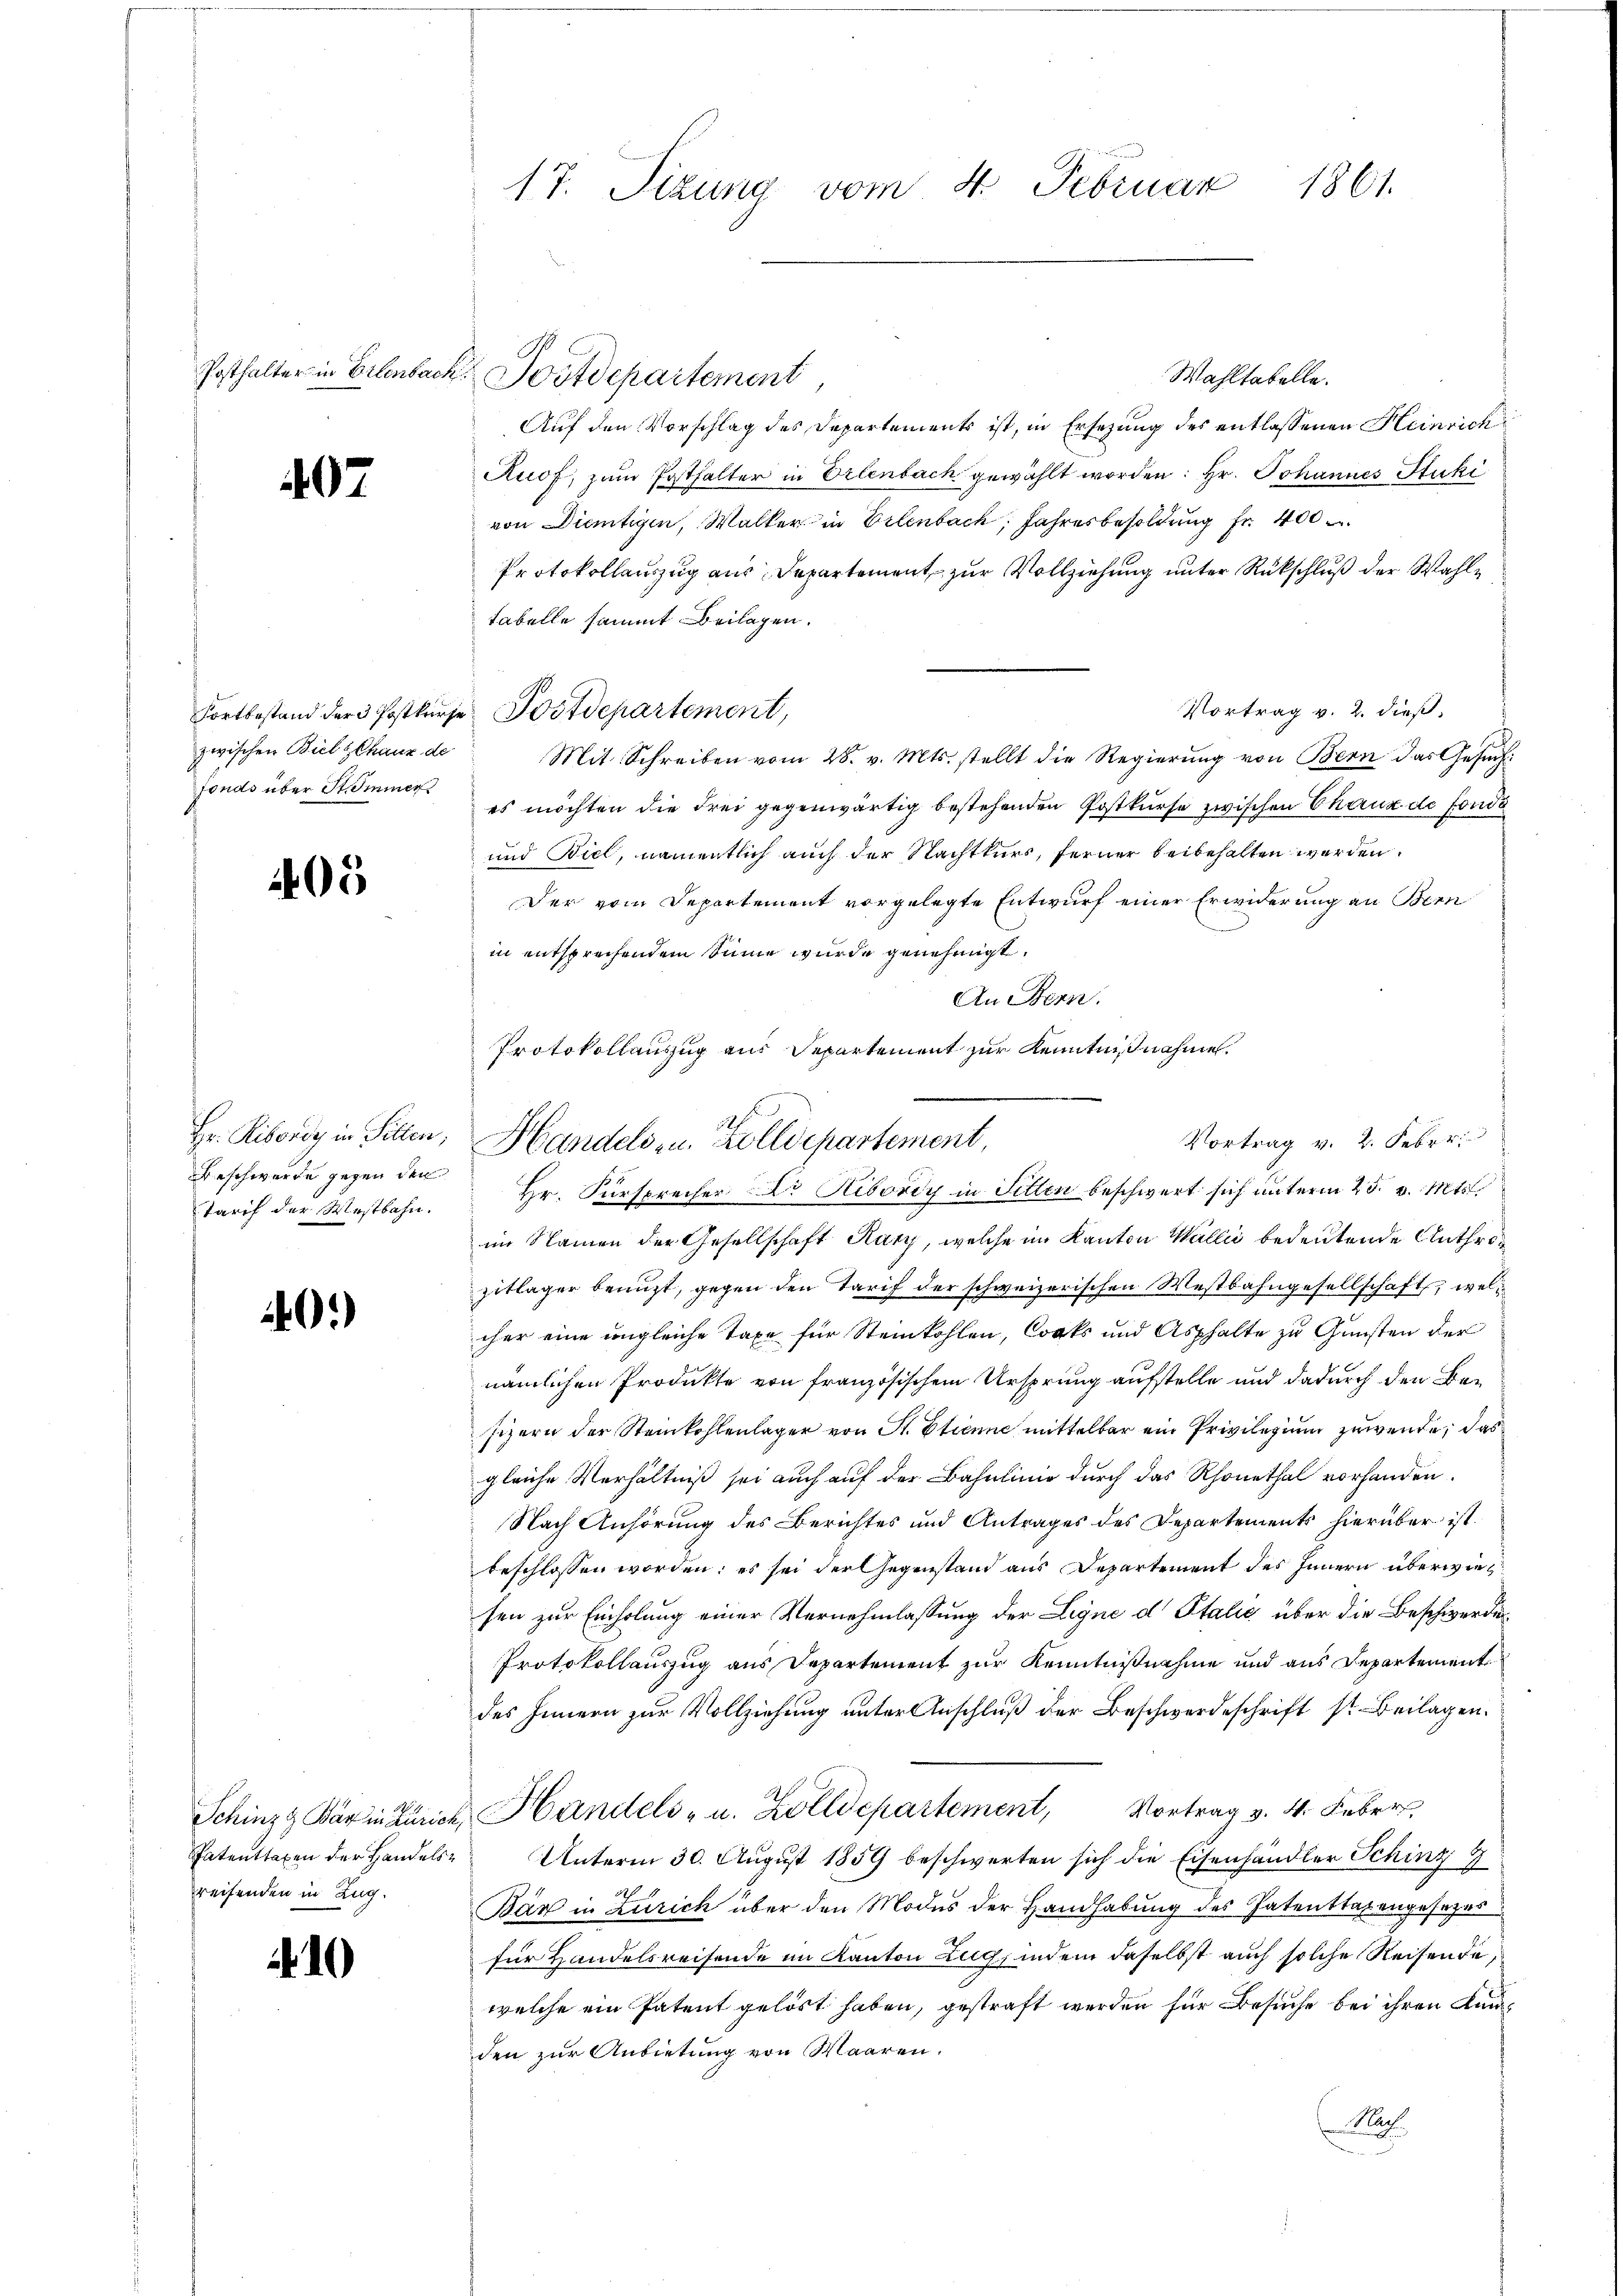
Posthalter in Erlenbach

407

Fortbestand der 3 Postkurse
zwischen Biel Chaux de
fonds über St. Immer

105

Hr. Ribordy in Sitten;
Beschwerte gegen den
Tarif der Westbahn.

40.)

Patenttaxen der Handelsreifenden in Zug.

10

17. Sizung vom 4. Februar 1861.

Wahltabelle.
 Postdepartement
Auf den Vorschlag des Departements ist, in Ersezung des entlassenen Heinrich
Ruof, zum Posthalter in Erlenbach gewählt worden: Hr. Johannes Stuki
von Dientigen, Walker in Erlenbach, Jahresbesoldung fr. 400
Protokollauszug aus Departement zur Vollziehung unter Rückschluß der Wahlfabelle sammt Beilagen.
Vortrag v. 2. dieß.
Postdepartement,
Mit Schreiben vom 28. v. Mts. stellt die Regierŭng von Bern das Gesŭch
es möchten die Frei gegenwärtig bestehenden Postkurse zwischen Chaux de fonde
und Biel, namentlich auch der Nachtkurs, ferner beibehalten werden.
Der vom Departement vorgelegte Entwurf einer Erwiderung an Bern
in entsprechendem Sinne wurde genehmigt.
An Bern.
Protokollauszug aus Departement zur Kenntnißnahmen.
Hr. Fürsprecher Dr Kibordy in Sitten beschwert sich unterm 25. v. Mts.
im Namen der Gesellschaft Kary, welche im Kanton Wallić bedeutende Antheizitlager benuzt, gegen den Tarif der schweizerischen Westbahngesellschaft, wel
cher eine ungleiche Taxe für Steinkohlen, Corts und Asphalte zu Gunsten der
nämlichen Produkte von französischem Ursprung aufstelle und dadurch den Besizern der Steinkohlenlager von St. Etienne mittelbar ein Privilegium zuwende, das
gleiche Verhältniß sei auch auf der Bahnlinie durch das Rhonethal vorhanden.
Nach Anhörung des Berichtes und Antrages des Departements hierüber ist.
beschlossen worden; es sei der Gegenstand aus Departement des Innern überwiesen zur Einholung einer Vernehmlassung der Ligne d Italić über die Beschwerde
Protokollauszug aus Departement zur Kenntnißnahme und aus Departement
des Innern zur Vollziehung unter Anschluß der Beschwerdeschrift s. Beilagen.
Schinzg Bär in Zürich, Handels- u. Zolldepartement, Vortrag v. 4. Feber,
Unterm 30. August 1859 beschwerten sich die Eisenhändler Schinz 9
Bár in Zürich über den Modes der Handhabung des Patentragengesezes
für Handelsreisende im Kanton Zug, indem daselbst auch solche Reisende,
welche ein Patent gelöst haben, gestraft werden für Besuche bei ihren Kundden zur Anbietung von Waaren.
a

32
Vortrag v. 2. Febr.
Handels- u. Zolldepartement,